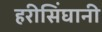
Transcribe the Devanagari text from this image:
हरीसिंघानी